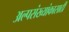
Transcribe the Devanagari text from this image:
अल्पसंख्यांकासाठी